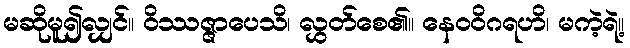
မဆိုမူ၍လျှင်။ ဝိဿဇ္ဇာပေသိ၊ လွှတ်စေ၏။ နေဝဝိဂရဟိ၊ မကဲ့ရဲ့။